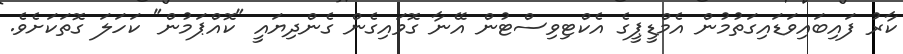
ކާރު ފައިބައިވަޑައިގަތުމުން އެމްޑީޕީގެ އެކްޓިވިސްޓުން އޭނާ ގޮވައިގެން ގެންދިޔައީ "ކޮއްޕަމުން" ކަހަލަ ގޮތަކަށެވެ.